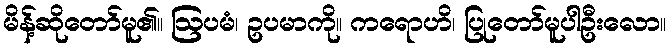
မိန့်ဆိုတော်မူ၏။ ဩပမံ၊ ဥပမာကို။ ကရောဟိ၊ ပြုတော်မူပါဦးလော။